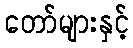
တော်များနှင့်